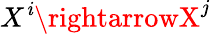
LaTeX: X^{\mathit{i}}\rightarrowX^{j}